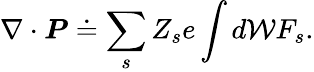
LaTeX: \nabla\cdot\boldsymbol{P}\doteq\sum_{s}Z_{s}e\int d\mathcal{W}F_{s}.